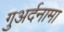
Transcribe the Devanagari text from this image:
गुअर्दनामा